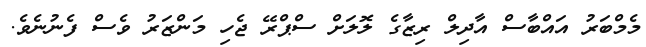
މެމްބަރު އައްބާސް އާދިލް ރިޒާގެ ލޮލަށް ސްޕްރޭ ޖެހި މަންޒަރު ވެސް ފެނުނެވެ.